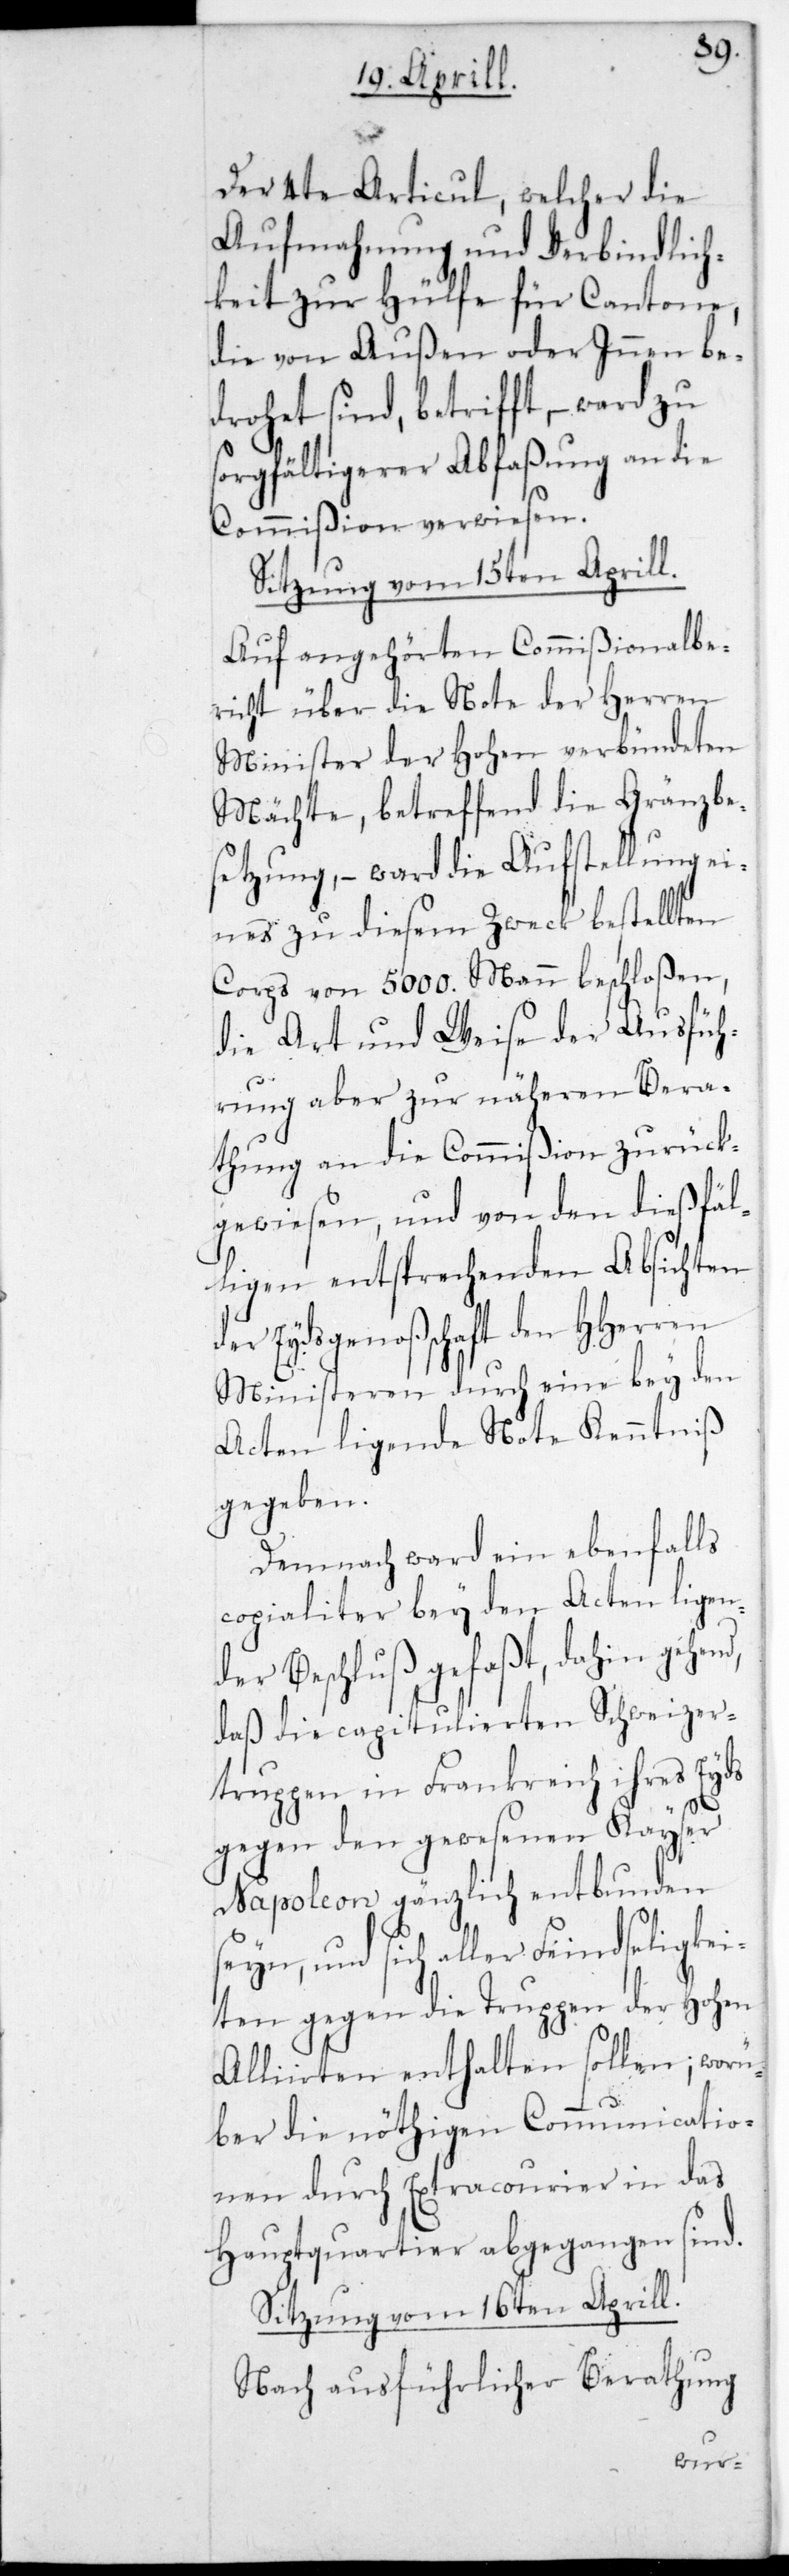
Der 4te Articul, welcher die
Aufmahnung und Verbindlich¬
keit zur Hülfe für Cantone,
die von Außen oder Innen be¬
drohet sind, betrifft, – ward zu
sorgfältigerer Abfaßung an die
Commißion verwiesen.
Sitzung vom 15ten Aprill.
Auf angehörten Commißionalbe¬
richt über die Note der Herren
Minister der Hohen verbündeten
Mächte, betreffend die Grenzbe¬
setzung, – ward die Aufstellung ei¬
nes zu diesem Zweck bestellten
Corps von 5000. Mann beschloßen,
die Art und Weise der Ausfüh¬
rung aber zur näheren Bera¬
thung an die Commißion zurück¬
gerwiesen, und von den dießfäl¬
ligen entsprechenden Absichten
der Eydsgenoßenschaft den HHerren
Ministeren durch eine bey den
Acten ligende Note Kenntniß
gegeben.
Demnach ward ein ebenfalls
copialiter bey den Acten ligen¬
der Beschluß gefaßt, dahin gehend,
daß die capitulierten Schweizer¬
truppen in Frankreich ihres Eyds
gegen den gewesenen Kayser
Napoleon gänzlich entbunden
sein, und sich aller Feindseligkei¬
ten gegen die Truppen der Hohen
Alliirten enthalten sollen; worü¬
ber die nöthigen Communicatio¬
nen durch Extracourier in das
Hauptquartier abgegangen sind.
Sitzung vom 16ten Aprill.
Nach ausführlicher Berathung